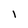
Character: l